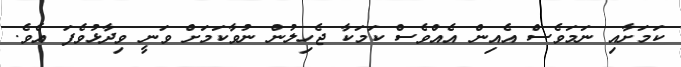
ކަމަށާއި ނަމަވެސް އެއިން އެއްވެސް ކަމަކާ ޖެހިލުން ނުވާކަމަށް ވަނީ ވިދާޅުވެފަ އެވެ.